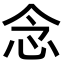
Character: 念